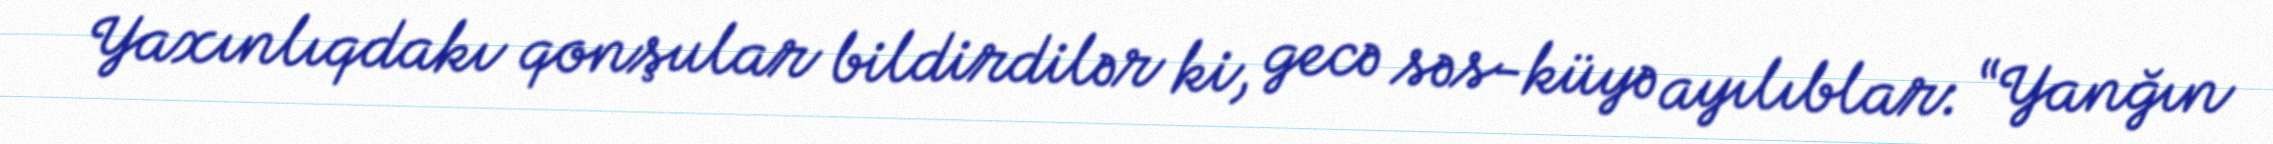
Yaxınlıqdakı qonşular bildirdilər ki, gecə səs-küyə ayılıblar: “Yanğın